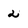
Character: 2